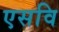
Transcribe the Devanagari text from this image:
एसवि